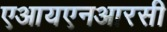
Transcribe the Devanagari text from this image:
एआयएनआरसी